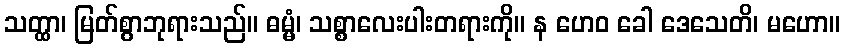
သတ္ထာ၊ မြတ်စွာဘုရားသည်။ ဓမ္မံ၊ သစ္စာလေးပါးတရားကို။ န ဟေဝ ခေါ ဒေသေတိ၊ မဟော။